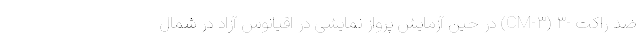
ضد راکت -۳ (CM-۳) در حین آزمایش پرواز نمایشی در اقیانوس آزاد در شمال